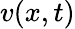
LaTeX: v(x,t)